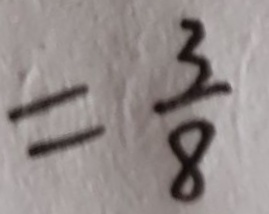
= \frac { 3 } { 8 }